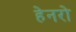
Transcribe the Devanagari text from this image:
हेनरो